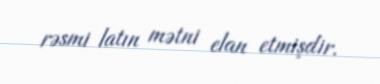
rəsmi latın mətni elan etmişdir.